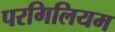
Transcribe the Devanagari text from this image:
परगिलियम